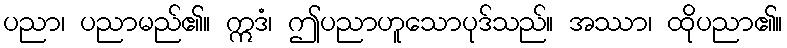
ပညာ၊ ပညာမည်၏။ ဣဒံ၊ ဤပညာဟူသောပုဒ်သည်။ အဿာ၊ ထိုပညာ၏။